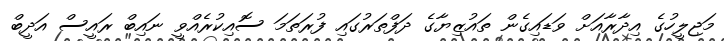
މަޖިލީހުގެ އިދާރާއަށް ވަޑައިގެން ތައުޒިޔާގެ ދަފްތަރުގައި ފުރަތަމަ ސޮއިކުރެއްވީ ނައިބް ރައީސް އަދީބް